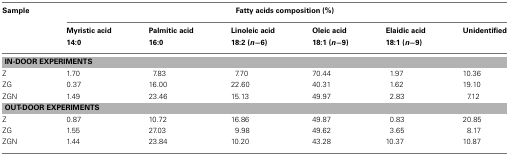
| Sample | <COLSPAN=6> Fatty acids composition (%) |
 |  | Myristic acid | Palmitic acid | Linoleic acid | Oleic acid | Elaidic acid | Unidentified |
 |  | 14:0 | 16:0 | 18:2 (n−6) | 18:1 (n−9) | 18:1 (n−9) |  |
 | --- | --- | --- | --- | --- | --- | --- |
 | <COLSPAN=7> IN-DOOR EXPERIMENTS |
 | Z | 1.70 | 7.83 | 7.70 | 70.44 | 1.97 | 10.36 |
 | ZG | 0.37 | 16.00 | 22.60 | 40.31 | 1.62 | 19.10 |
 | ZGN | 1.49 | 23.46 | 15.13 | 49.97 | 2.83 | 7.12 |
 | <COLSPAN=7> OUT-DOOR EXPERIMENTS |
 | Z | 0.87 | 10.72 | 16.86 | 49.87 | 0.83 | 20.85 |
 | ZG | 1.55 | 27.03 | 9.98 | 49.62 | 3.65 | 8.17 |
 | ZGN | 1.44 | 23.84 | 10.20 | 43.28 | 10.37 | 10.87 |